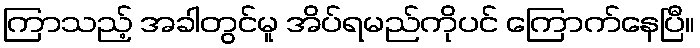
ကြာသည့် အခါတွင်မူ အိပ်ရမည်ကိုပင် ကြောက်နေပြီ။